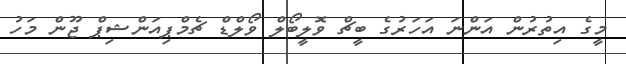
މީގެ އިތުރުން އަންނަ އަހަރުގެ ބީޗް ވޮލީބޯލް ވޯލްޑް ޗެމްޕިއަންޝިޕް ޖޫން މަހު